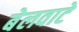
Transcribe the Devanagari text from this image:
बेलवाटे